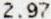
2.97